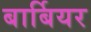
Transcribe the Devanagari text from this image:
बार्बियर